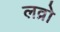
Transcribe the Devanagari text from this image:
लव्रो